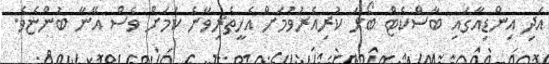
އަދި އިންޑިއާގައި ބާސްކެޓް ބޯޅަ ކުރިއެރުވުމަށް އެހީތެރިވާނެ ކަމަށް ވެސް އޭނާ ބުންޏެވެ.